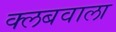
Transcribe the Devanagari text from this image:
क्लबवाला